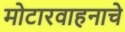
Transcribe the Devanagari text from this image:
मोटारवाहनाचे